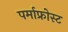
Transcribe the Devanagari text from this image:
पर्माफ्रोस्ट